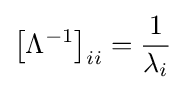
\left[\Lambda ^{-1}\right]_{ii}={\frac {1}{\lambda _{i}}}